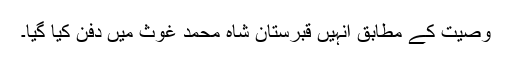
وصیت کے مطابق انہیں قبرستان شاہ محمد غوثؒ میں دفن کیا گیا۔